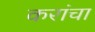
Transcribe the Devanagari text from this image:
करांचा